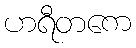
ဟရီတကေ